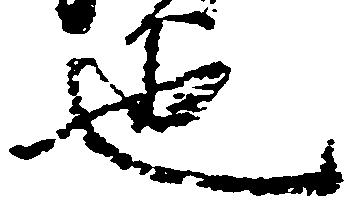
也